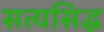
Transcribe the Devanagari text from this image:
सत्यसिद्ध